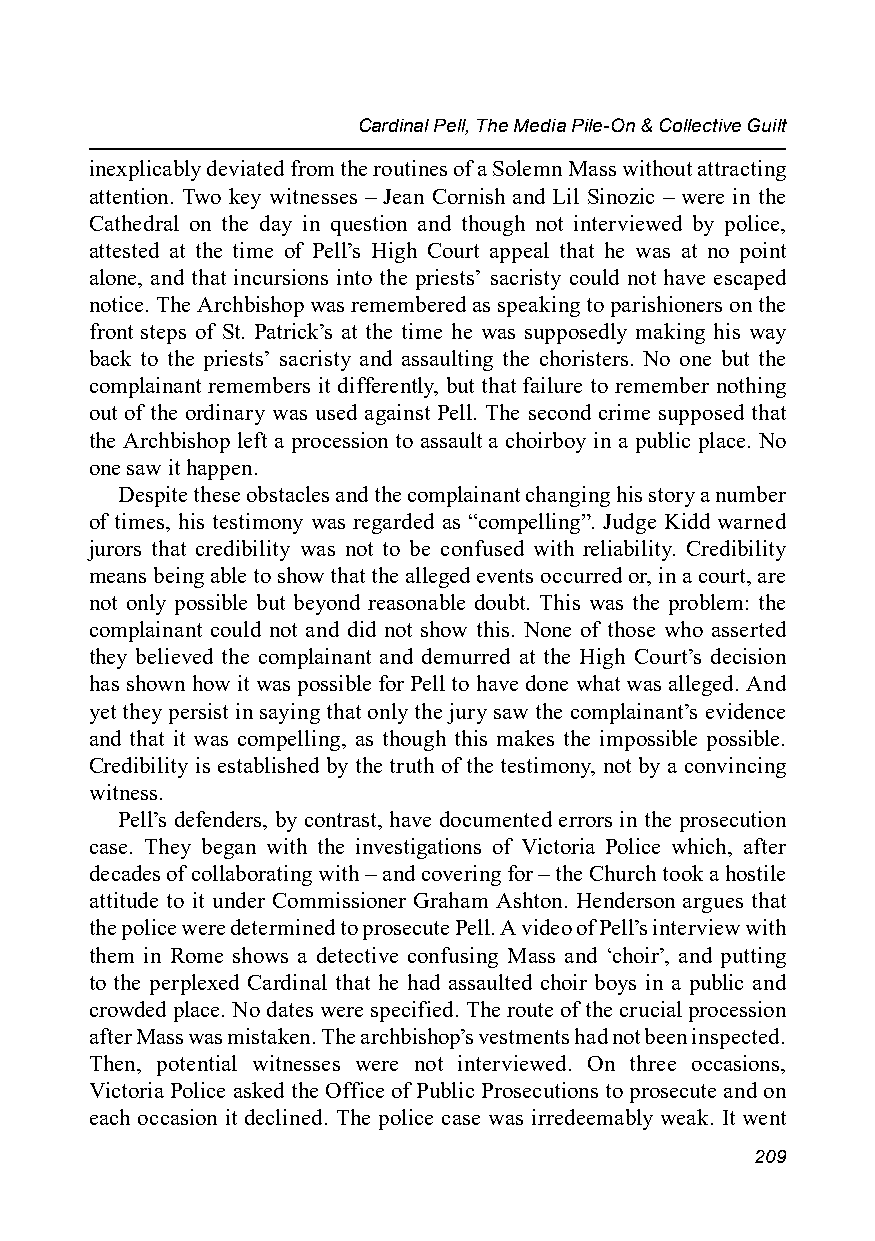
Cardinal Pell, The Media Pile-On & Collective Guilt
 inexplicably deviated from the routines of a Solemn Mass without attracting
 attention. Two key witnesses – Jean Cornish and Lil Sinozic – were in the
 Cathedral on the day in question and though not interviewed by police,
 attested at the time of Pell’s High Court appeal that he was at no point
 alone, and that incursions into the priests’ sacristy could not have escaped
 notice. The Archbishop was remembered as speaking to parishioners on the
 front steps of St. Patrick’s at the time he was supposedly making his way
 back to the priests’ sacristy and assaulting the choristers. No one but the
 complainant remembers it differently, but that failure to remember nothing
 out of the ordinary was used against Pell. The second crime supposed that
 the Archbishop left a procession to assault a choirboy in a public place. No
 one saw it happen.
 Despite these obstacles and the complainant changing his story a number
 of times, his testimony was regarded as “compelling”. Judge Kidd warned
 jurors that credibility was not to be confused with reliability. Credibility
 means being able to show that the alleged events occurred or, in a court, are
 not only possible but beyond reasonable doubt. This was the problem: the
 complainant could not and did not show this. None of those who asserted
 they believed the complainant and demurred at the High Court’s decision
 has shown how it was possible for Pell to have done what was alleged. And
 yet they persist in saying that only the jury saw the complainant’s evidence
 and that it was compelling, as though this makes the impossible possible.
 Credibility is established by the truth of the testimony, not by a convincing
 witness.
 Pell’s defenders, by contrast, have documented errors in the prosecution
 case. They began with the investigations of Victoria Police which, after
 decades of collaborating with – and covering for – the Church took a hostile
 attitude to it under Commissioner Graham Ashton. Henderson argues that
 the police were determined to prosecute Pell. A video of Pell’s interview with
 them in Rome shows a detective confusing Mass and ‘choir’, and putting
 to the perplexed Cardinal that he had assaulted choir boys in a public and
 crowded place. No dates were specified. The route of the crucial procession
 after Mass was mistaken. The archbishop’s vestments had not been inspected.
 Then, potential witnesses were not interviewed. On three occasions,
 Victoria Police asked the Office of Public Prosecutions to prosecute and on
 each occasion it declined. The police case was irredeemably weak. It went
 209